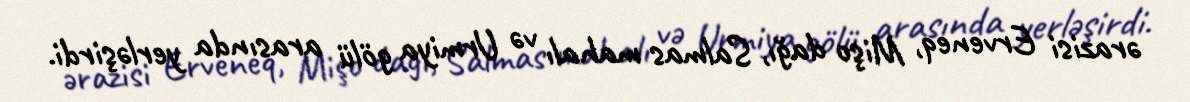
ərazisi Erveneq, Mişo dağı, Salmas mahalı və Urmiya gölü arasında yerləşirdi.